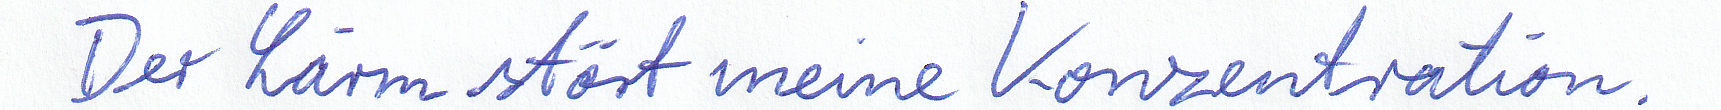
Der Lärm stört meine Konzentration.